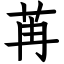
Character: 苒